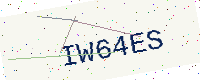
Text: IW64ES